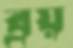
ব্রয়